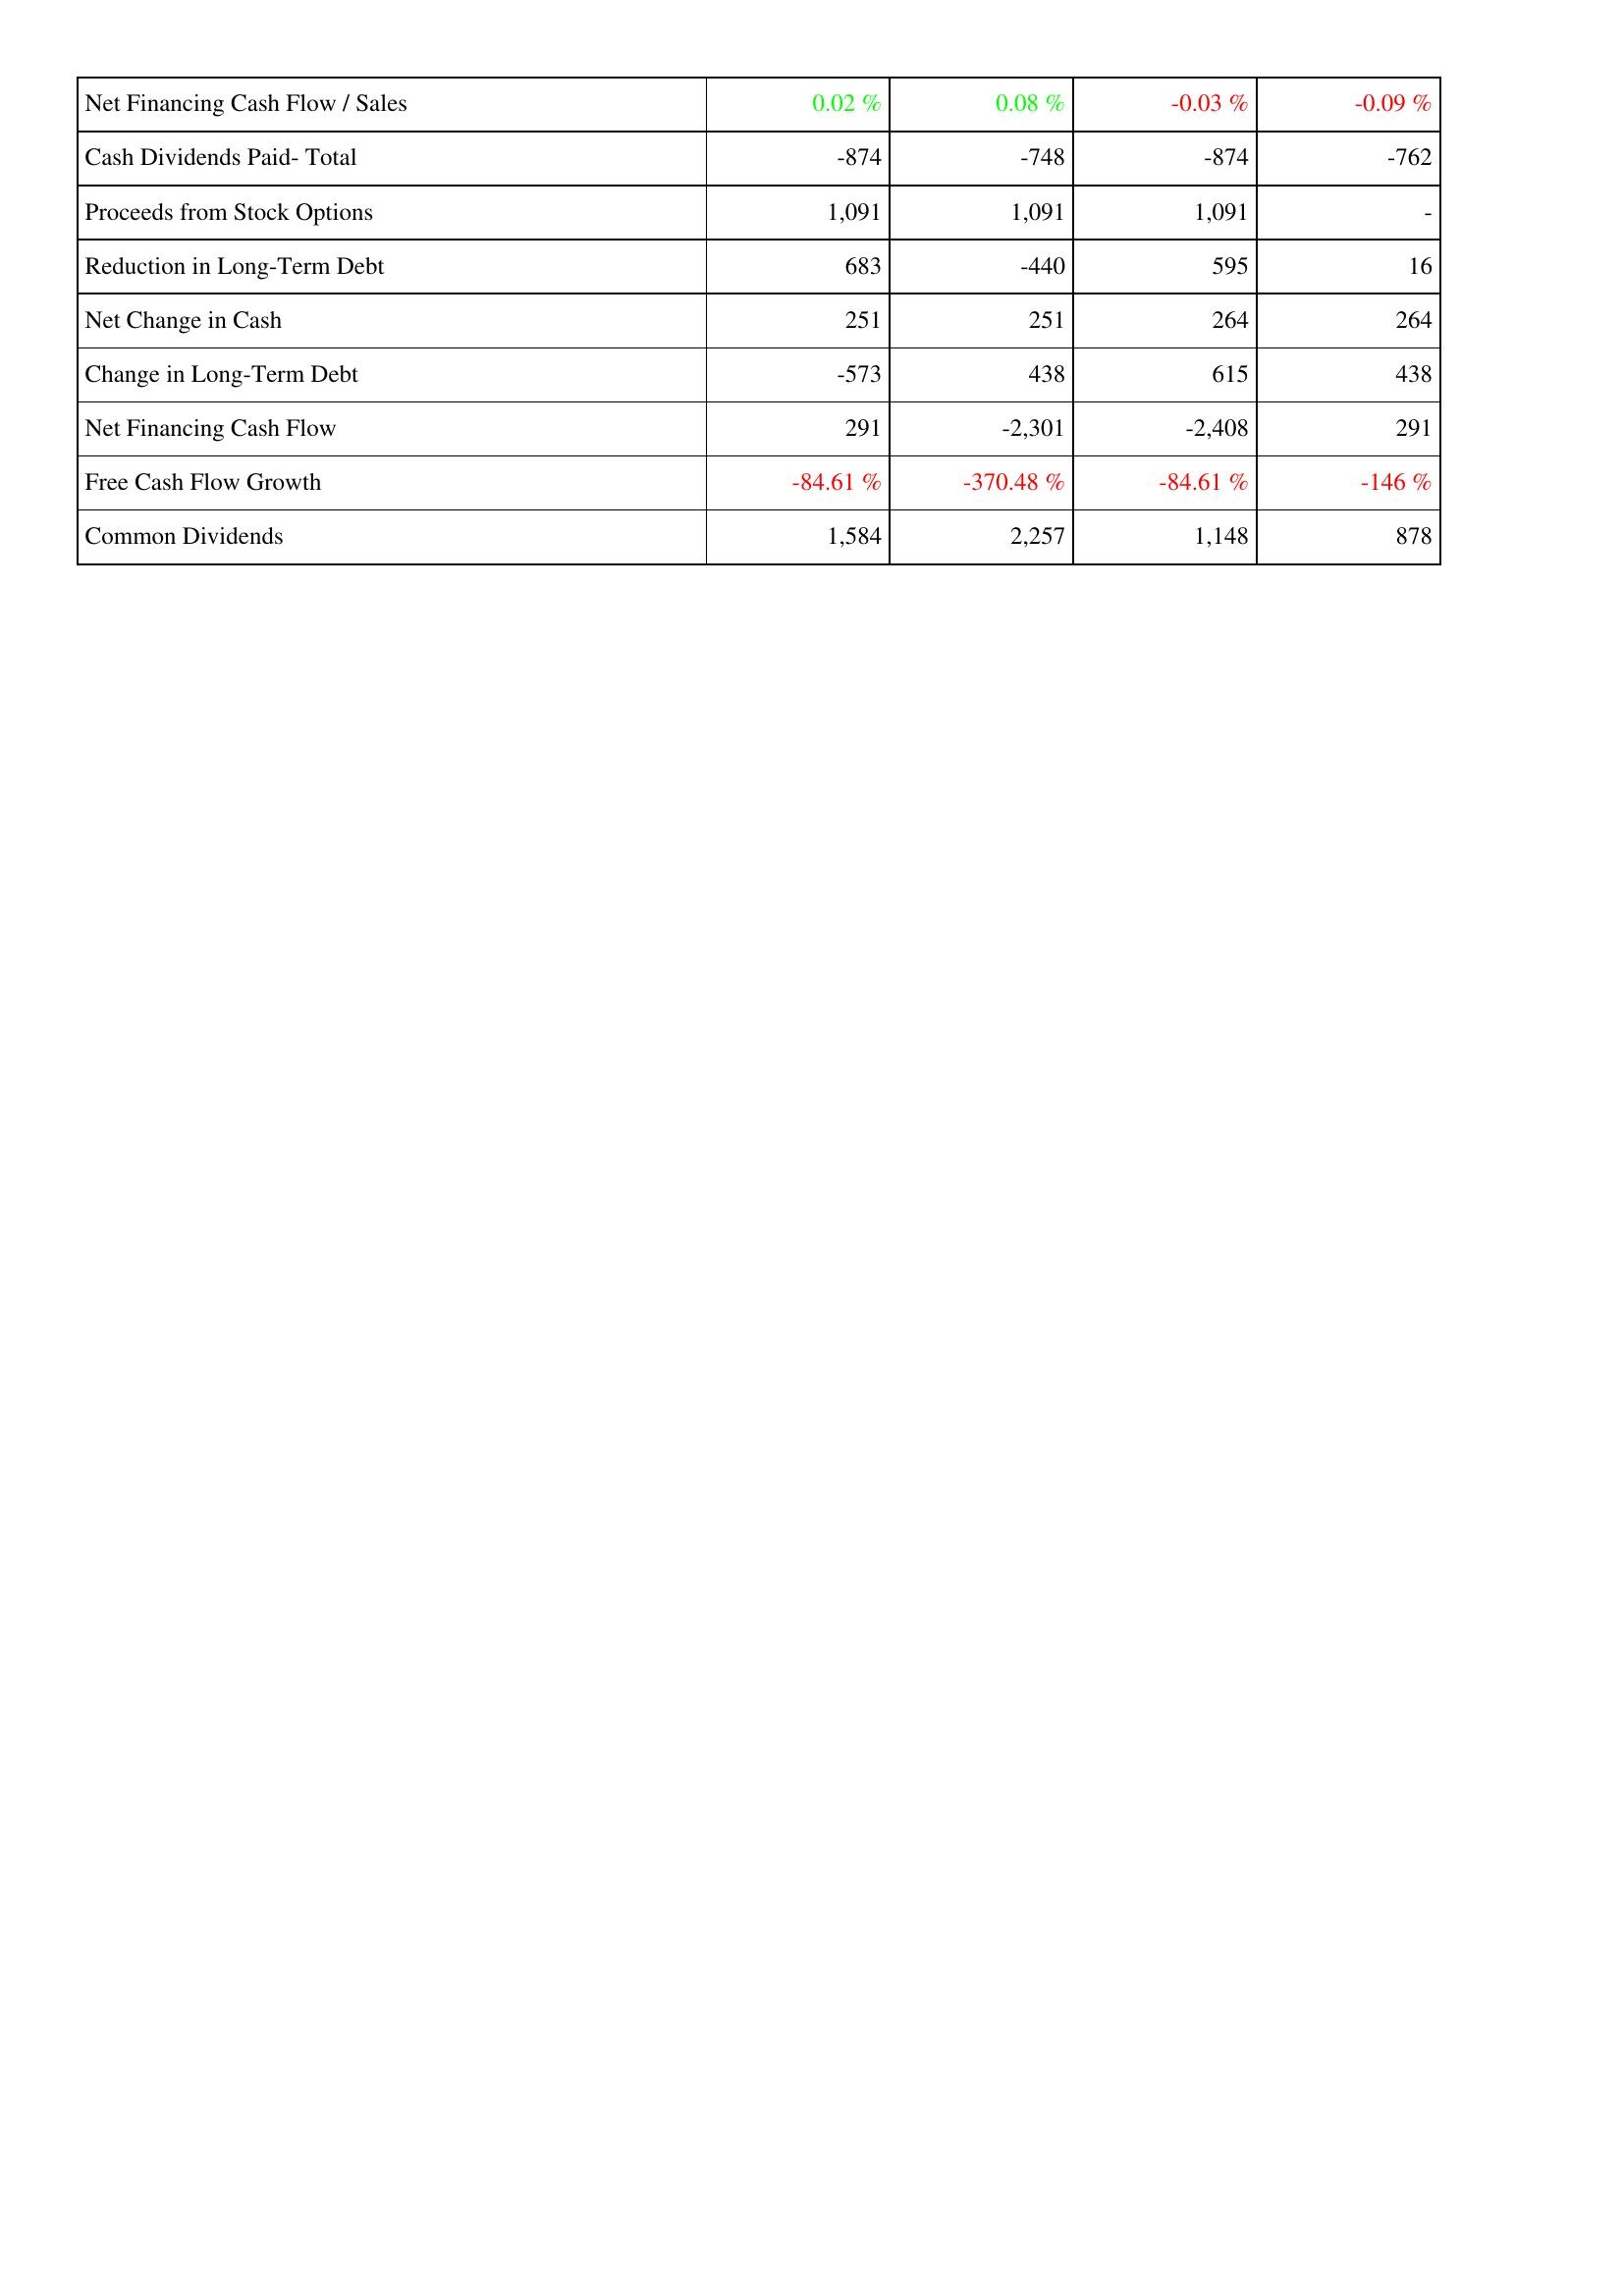
2021: Financing Activities: Net Financing Cash Flow / Sales: 0.02 %
Cash Dividends Paid- Total: -874
Proceeds from Stock Options: 1,091
Reduction in Long-Term Debt: 683
Net Change in Cash: 251
Change in Long-Term Debt: -573
Net Financing Cash Flow: 291
Free Cash Flow Growth: -84.61 %
Common Dividends: 1,584
2020: Financing Activities: Net Financing Cash Flow / Sales: 0.08 %
Cash Dividends Paid- Total: -748
Proceeds from Stock Options: 1,091
Reduction in Long-Term Debt: -440
Net Change in Cash: 251
Change in Long-Term Debt: 438
Net Financing Cash Flow: -2,301
Free Cash Flow Growth: -370.48 %
Common Dividends: 2,257
2019: Financing Activities: Net Financing Cash Flow / Sales: -0.03 %
Cash Dividends Paid- Total: -874
Proceeds from Stock Options: 1,091
Reduction in Long-Term Debt: 595
Net Change in Cash: 264
Change in Long-Term Debt: 615
Net Financing Cash Flow: -2,408
Free Cash Flow Growth: -84.61 %
Common Dividends: 1,148
2018: Financing Activities: Net Financing Cash Flow / Sales: -0.09 %
Cash Dividends Paid- Total: -762
Proceeds from Stock Options: -
Reduction in Long-Term Debt: 16
Net Change in Cash: 264
Change in Long-Term Debt: 438
Net Financing Cash Flow: 291
Free Cash Flow Growth: -146 %
Common Dividends: 878